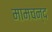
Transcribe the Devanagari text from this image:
मामचन्द